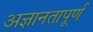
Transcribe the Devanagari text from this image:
अज्ञानतापूर्ण